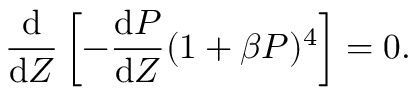
\frac { \mathrm { d } } { \mathrm { d } Z } \left[ - \frac { \mathrm { d } P } { \mathrm { d } Z } ( 1 + \beta P ) ^ { 4 } \right] = 0 .